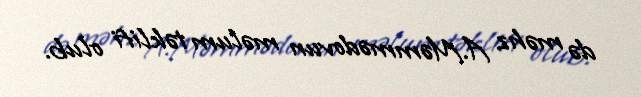
də məhz A.Məmmədovun məlum təklifi olub.